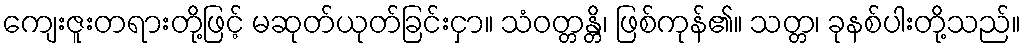
ကျေးဇူးတရားတို့ဖြင့် မဆုတ်ယုတ်ခြင်းငှာ။ သံဝတ္တန္တိ၊ ဖြစ်ကုန်၏။ သတ္တ၊ ခုနစ်ပါးတို့သည်။